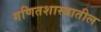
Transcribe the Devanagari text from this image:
गणितशास्त्रातील